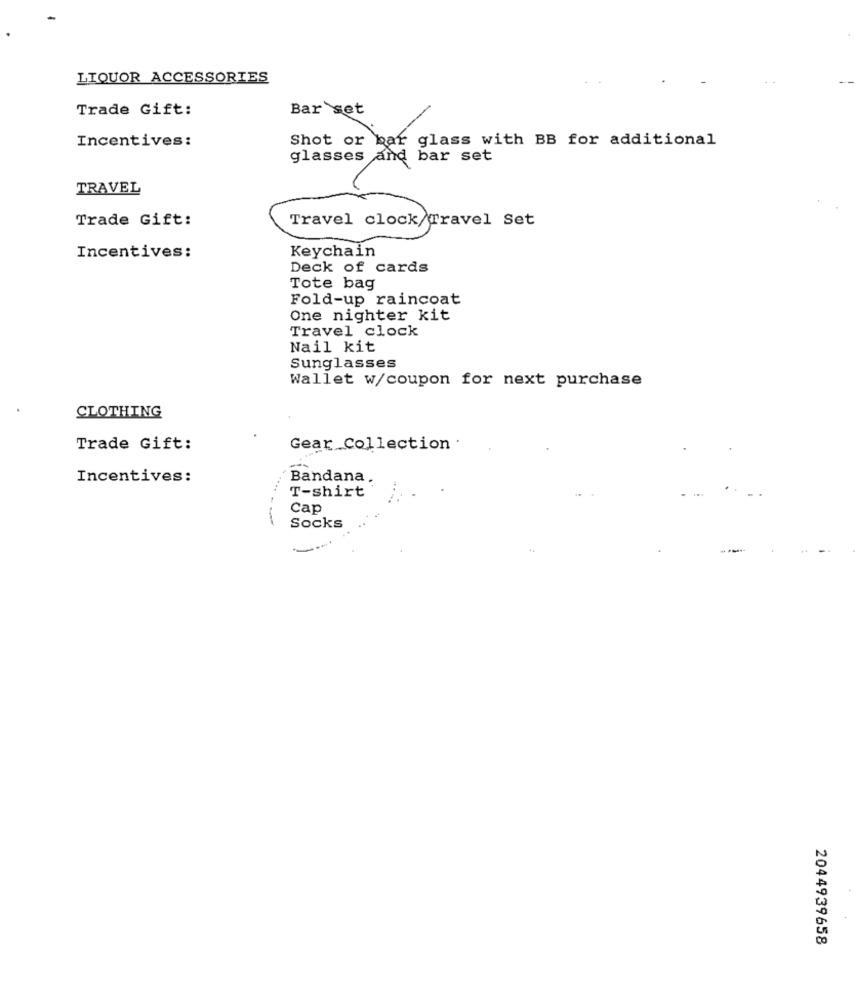
LIQUOR ACCESSORIES
Trade Gift:
Bar set
Incentives:
Shot or bar glass with BB for additional
glasses and bar set
TRAVEL
Trade Gift:
Travel clock/Travel Set
Keychain
Incentives:
Deck of cards
Tote bag
Fold-up raincoat
One nighter kit
Travel clock
Nail kit
Sunglasses
Wallet w/coupon for next purchase
CLOTHING
Trade Gift:
Gear Collection :
Incentives:
Bandana
T-shirt
Cap
Socks
2044939658